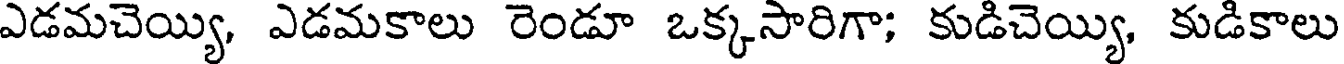
ఎడమచెయ్యి, ఎడమకాలు రెండూ ఒక్కసారిగా; కుడిచెయ్యి, కుడికాలు